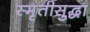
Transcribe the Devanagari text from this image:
स्मृतीसुद्धा